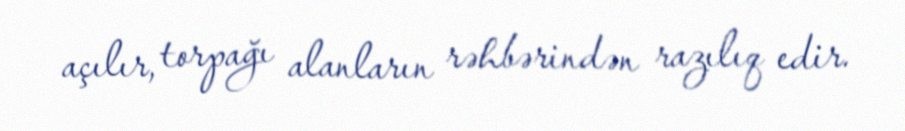
açılır, torpağı alanların rəhbərindən razılıq edir.